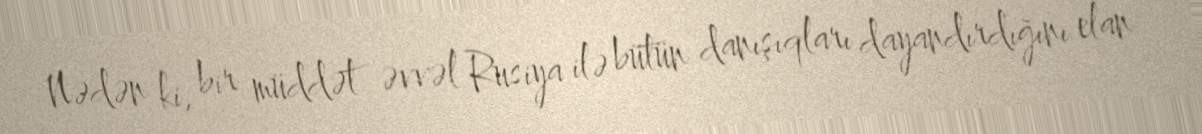
Nədən ki, bir müddət əvvəl Rusiya ilə bütün danışıqları dayandırdığını elan